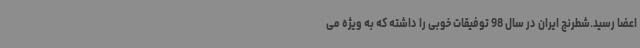
اعضا رسید.شطرنج ایران در سال 98 توفیقات خوبی را داشته که به ویژه می